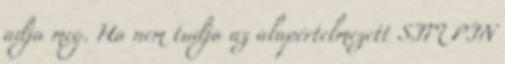
adja meg. Ha nem tudja az alapértelmezett SIM PIN